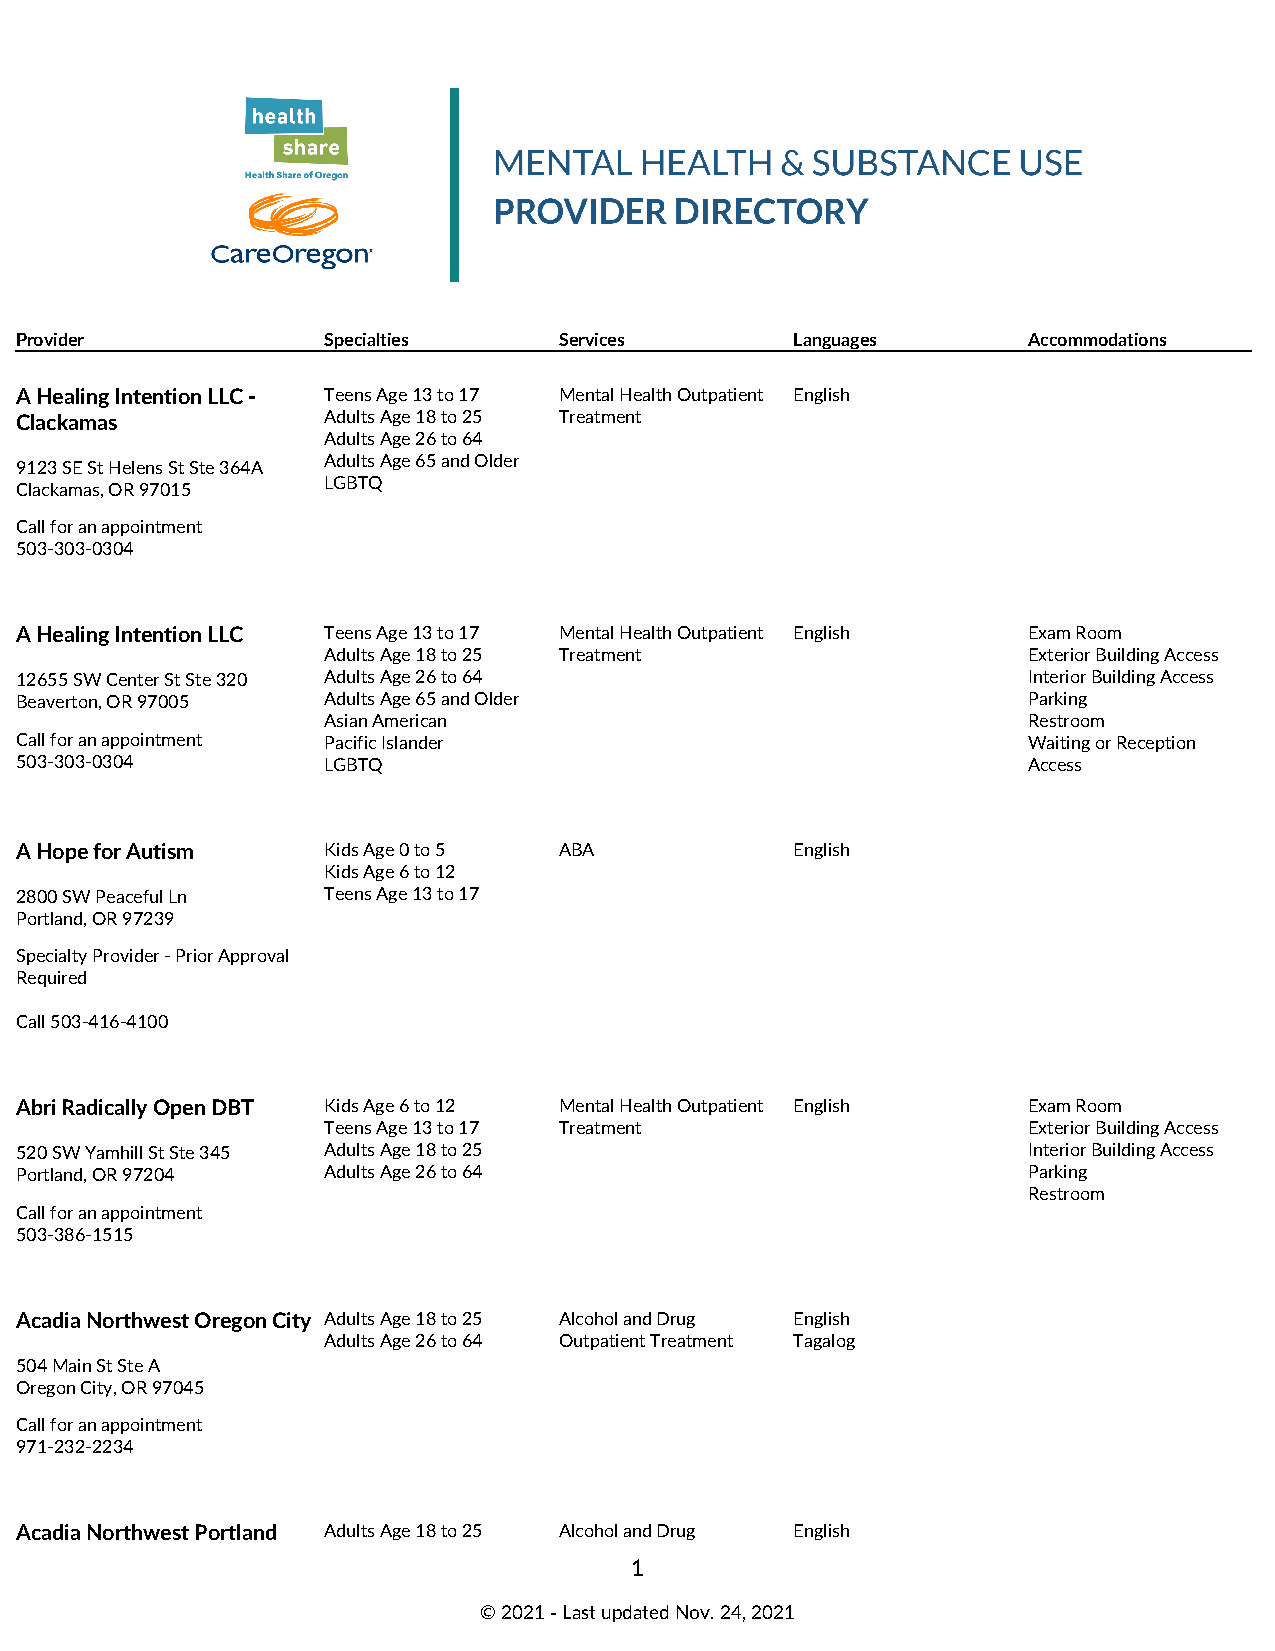
Provider            Specialties     Services        Languages      Accommodations
 A Healing Intention LLC - Teens Age 13 to 17 Mental Health Outpatient English
 Clackamas           Adults Age 18 to 25 Treatment
 Adults Age 26 to 64
 Adults Age 65 and Older
 9123 SE St Helens St Ste 364A
 LGBTQ
 Clackamas, OR 97015
 Call for an appointment
 503-303-0304
 A Healing Intention LLC Teens Age 13 to 17 Mental Health Outpatient English Exam Room
 Adults Age 18 to 25 Treatment                  Exterior Building Access
 12655 SW Center St Ste 320 Adults Age 26 to 64                     Interior Building Access
 Beaverton, OR 97005 Adults Age 65 and Older                        Parking
 Asian American                                 Restroom
 Call for an appointment Pacific Islander                           Waiting or Reception
 503-303-0304        LGBTQ                                          Access
 A Hope for Autism   Kids Age 0 to 5 ABA             English
 Kids Age 6 to 12
 2800 SW Peaceful Ln Teens Age 13 to 17
 Portland, OR 97239
 Specialty Provider - Prior Approval
 Required
 Call 503-416-4100
 Abri Radically Open DBT Kids Age 6 to 12 Mental Health Outpatient English Exam Room
 Teens Age 13 to 17 Treatment                   Exterior Building Access
 520 SW Yamhill St Ste 345 Adults Age 18 to 25                      Interior Building Access
 Portland, OR 97204  Adults Age 26 to 64                            Parking
 Restroom
 Call for an appointment
 503-386-1515
 Acadia Northwest Oregon City Adults Age 18 to 25 Alcohol and Drug English
 Adults Age 26 to 64 Outpatient Treatment Tagalog
 504 Main St Ste A
 Oregon City, OR 97045
 Call for an appointment
 971-232-2234
 Acadia Northwest Portland Adults Age 18 to 25 Alcohol and Drug English
 1
 © 2021 ‑ Last updated Nov. 24, 2021